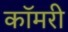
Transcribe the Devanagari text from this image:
कॉमरी